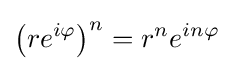
\left(re^{i\varphi }\right)^{n}=r^{n}e^{in\varphi }